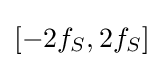
[-2f_{S},2f_{S}]